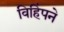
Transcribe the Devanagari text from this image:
विहिंपने